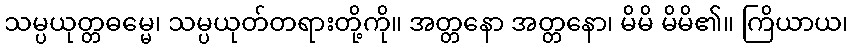
သမ္ပယုတ္တဓမ္မေ၊ သမ္ပယုတ်တရားတို့ကို။ အတ္တနော အတ္တနော၊ မိမိ မိမိ၏။ ကြိယာယ၊